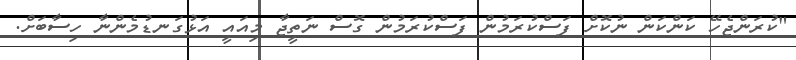
"ކުރަންޖެހޭ ކަންކަން ނުކޮށް ފަސްކުރަމުން ފަސްކުރަމުން ގޮސް ނަތީޖާ މިއައީ އަޅުގަނޑުމެންނާ ހިސާބަށް.